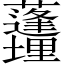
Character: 𱿊